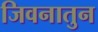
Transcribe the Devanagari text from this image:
जिवनातुन